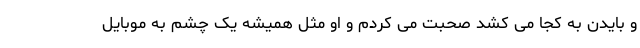
و بایدن به کجا می­ کشد صحبت می­ کردم و او مثل همیشه یک چشم به موبایل